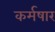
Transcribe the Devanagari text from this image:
कर्मषार